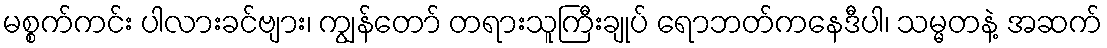
မစ္စက်ကင်း ပါလားခင်ဗျား၊ ကျွန်တော် တရားသူကြီးချုပ် ရောဘတ်ကနေဒီပါ၊ သမ္မတနဲ့ အဆက်